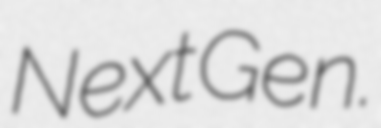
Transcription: Next Gen.